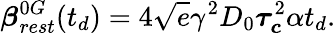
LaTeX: \boldsymbol{\beta}_{rest}^{0G}(t_{d})=4\sqrt{e}\gamma^{2}D_{0}\boldsymbol{\tau_{c}}^{2}\alpha t_{d}.